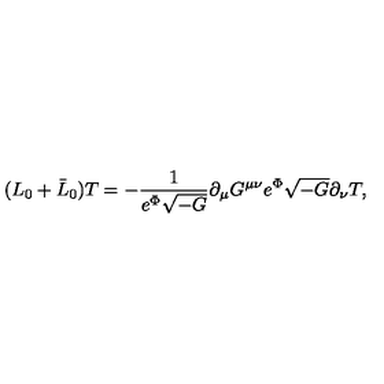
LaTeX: ( L _ { 0 } + \bar { L } _ { 0 } ) T = - \frac { 1 } { e ^ { \Phi } \sqrt { - G } } \partial _ { \mu } G ^ { \mu \nu } e ^ { \Phi } \sqrt { - G } \partial _ { \nu } T ,